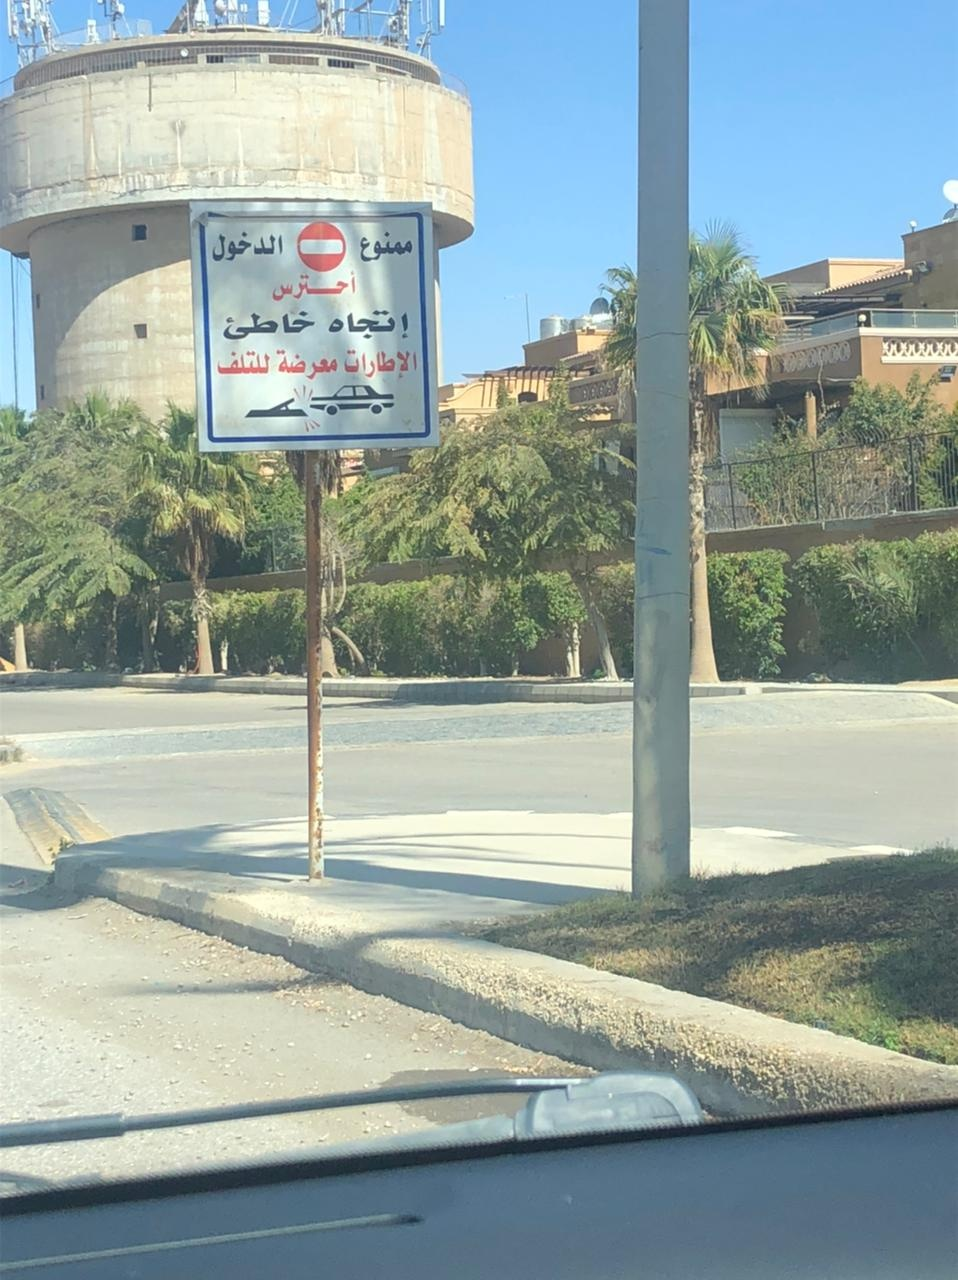
Text in image: الدخول ممنوع أحترس إتجاه خاطئ للتلف الإطارات معرضة